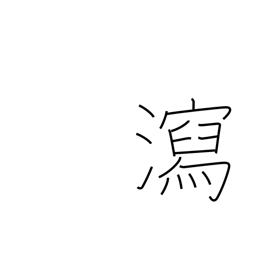
Meaning: evacuation